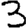
Digit: 3